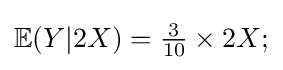
\mathbb {E} (Y|2X)={\tfrac {3}{10}}\times 2X;